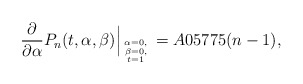
\begin{gather*}{\frac{\partial}{\partial \alpha}} P_n(t,\alpha,\beta) \Big|_{{\alpha=0,\atop \beta=0,} \atop t=1} = A05775(n-1),\end{gather*}